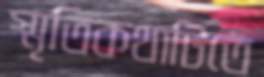
স্মৃতিকথাটিতে